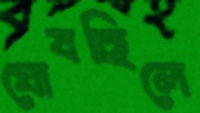
ঘোষছিলে